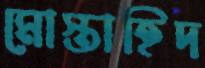
মোস্তাহিদ